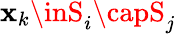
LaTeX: \mathbf{x}_{k}\inS_{i}\capS_{j}